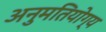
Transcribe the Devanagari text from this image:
अनुमतियोग्य